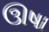
ઊષા